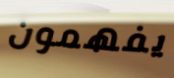
يفهمون